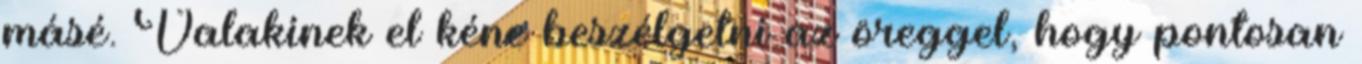
másé. Valakinek el kéne beszélgetni az öreggel, hogy pontosan